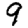
Digit: 9